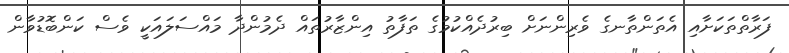
ފަރާތްތަކަށާއި އެތަންތާނގެ ވެރިންނަށް ބިރުދެއްކުމުގެ ތަފާތު އިންޒާރުތައް ދެމުންދާ މައްސަލައަކީ ވެސް ކަންބޮޑުވާން